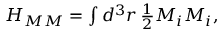
\begin{array} { r } { H _ { M M } = \int d ^ { 3 } r \, \frac { 1 } { 2 } M _ { i } M _ { i } , } \end{array}